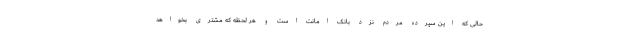
حالی که این سپرده مردم نزد بانک امانت است و هر لحظه که مشتری بخواهد